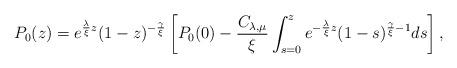
LaTeX: \begin{align*}P_{0}(z) =e^{\frac{\lambda}{\xi} z}(1-z)^{-\frac{\gamma}{\xi}}\left[P_{0}(0) -\frac{C_{\lambda, \mu}}{\xi}\int_{s=0}^{z}e^{- \frac{\lambda}{\xi} z}(1-s)^{\frac{\gamma}{\xi} -1}ds \right],\end{align*}